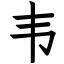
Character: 韦